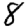
Digit: 8